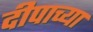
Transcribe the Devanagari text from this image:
दीपाच्या